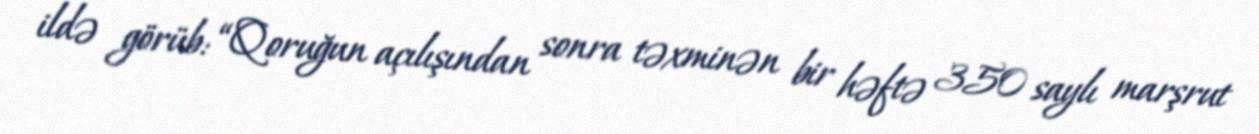
ildə görüb: “Qoruğun açılışından sonra təxminən bir həftə 350 saylı marşrut